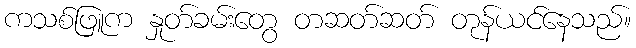
ကသစ်ဖြူက နှုတ်ခမ်းတွေ တဆတ်ဆတ် တုန်ယင်နေသည်။